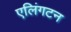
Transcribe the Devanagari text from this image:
एलिंगटन